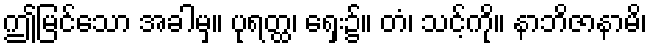
ဤမြင်သော အခါမှ။ ပုရတ္ထ၊ ရှေး၌။ တံ၊ သင့်ကို။ နာဘိဇာနာမိ၊